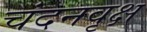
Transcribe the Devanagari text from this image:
चंदनवृक्ष